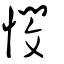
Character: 憫